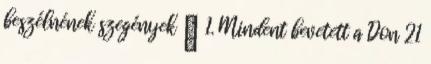
beszélnének szegények 😜 1. Mindent bevetett a Don 21